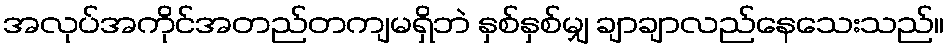
အလုပ်အကိုင်အတည်တကျမရှိဘဲ နှစ်နှစ်မျှ ချာချာလည်နေသေးသည်။